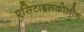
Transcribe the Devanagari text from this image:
एसिटाइलकोलीन